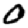
Digit: 0